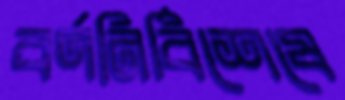
বর্ণনির্বিশেষে